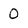
Character: O